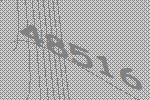
48516